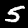
Digit: 5